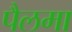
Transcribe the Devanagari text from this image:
पैलमा